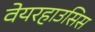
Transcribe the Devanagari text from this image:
वेयरहाउसिस